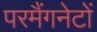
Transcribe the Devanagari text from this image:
परमैंगनेटों